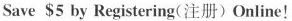
Save $5 by Registering(注册) Online!